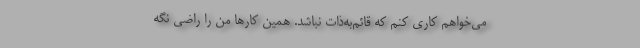
می‌خواهم کاری کنم که قائم‌به‌ذات نباشد. همین کارها من را راضی نگه